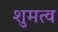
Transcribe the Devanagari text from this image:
शुमत्व